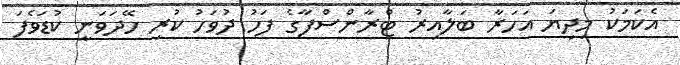
އެކަމަކު މިދިޔަ އަހަރާ ބަލާއިރު ޓްރާންސްފާގެ ފަހު ދުވަހު ކުރި ހޭދަވަނީ ކުޑަވެފަ